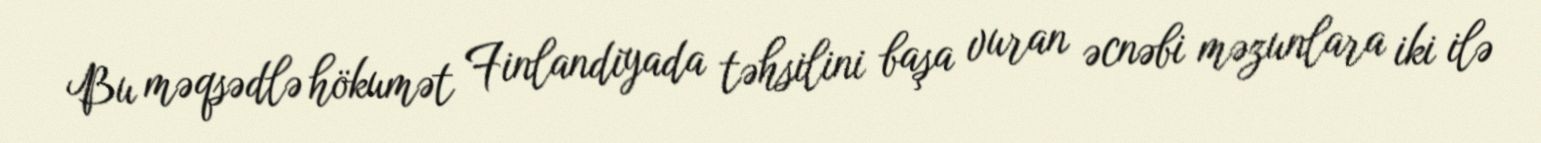
Bu məqsədlə hökumət Finlandiyada təhsilini başa vuran əcnəbi məzunlara iki ilə